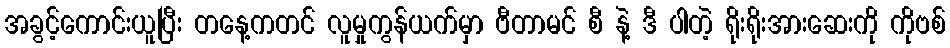
အခွင့်ကောင်းယူပြီး တနေ့ကတင် လူမှုကွန်ယက်မှာ ဗီတာမင် စီ နဲ့ ဒီ ပါတဲ့ ရိုးရိုးအားဆေးကို ကိုဗစ်